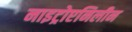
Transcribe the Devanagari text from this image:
नाइट्रोएनिलीन